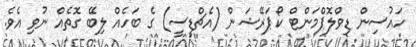
ހައުސިން ޑިވްލޮޕްމަންޓް ކޯޕަރޭޝަން (އެޗްޑީސީ) ގެ ބަހެއް ލިބޭ ގޮތެއް ނުވި އެވެ.